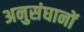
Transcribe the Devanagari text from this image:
अनुसंघानों